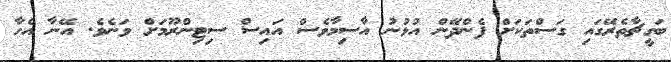
ބަގީޗާތެރޭގައި ގަސްތަކަށް ފެންދޭން އުޅުނު އާސިމާވެސް އައިސް ސިޓިންރޫމަށް ވަނެވެ. އޭނާ އެހާ